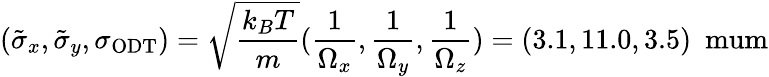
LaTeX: (\tilde{\sigma}_{x},\tilde{\sigma}_{y},\sigma_{\mathrm{{ODT}}})=\sqrt{\frac{k_{B}T}{m}}(\frac{1}{\Omega_{x}},\frac{1}{\Omega_{y}},\frac{1}{\Omega_{z}})=(3.1,11.0,3.5)~\mathrm{{\ mum}}